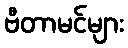
ဗီတာမင်များ